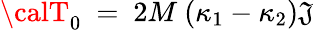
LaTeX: {\calT}_{0}~=~2M~(\kappa_{1}-\kappa_{2}){\cal\mathfrak{J}}